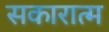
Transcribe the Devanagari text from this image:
सकारात्म